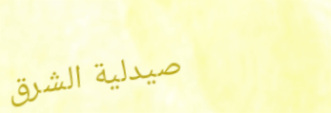
صيدلية الشرق